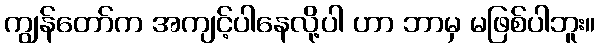
ကျွန်တော်က အကျင့်ပါနေလို့ပါ ဟာ ဘာမှ မဖြစ်ပါဘူး။